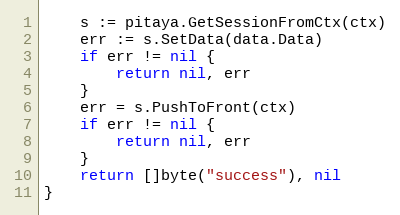
Language: Go
	s := pitaya.GetSessionFromCtx(ctx)
	err := s.SetData(data.Data)
	if err != nil {
		return nil, err
	}
	err = s.PushToFront(ctx)
	if err != nil {
		return nil, err
	}
	return []byte("success"), nil
}